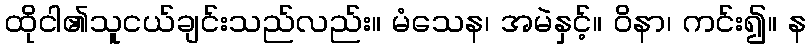
ထိုငါ၏သူငယ်ချင်းသည်လည်း။ မံသေန၊ အမဲနှင့်။ ဝိနာ၊ ကင်း၍။ န